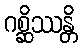
ဂစ္ဆိဿန္တိ